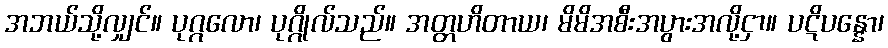
အဘယ်သို့လျှင်။ ပုဂ္ဂလော၊ ပုဂ္ဂိုလ်သည်။ အတ္တဟိတာယ၊ မိမိအစီးအပွားအလို့ငှာ။ ပဋိပန္နော၊